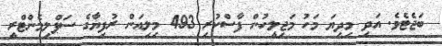
ބަޖެޓެވެ. އަދި މިދިޔަ މަހު މަޖިލީހުން ފާސްކުރި 493 މިލިއަން ރުފިޔާގެ ސަޕްލިމެންޓްރީ